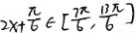
2 x + \frac { \pi } { 6 } \in [ \frac { 7 \pi } { 6 } , \frac { 1 3 \pi } { 6 } ]